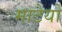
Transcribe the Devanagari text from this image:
माटेयो